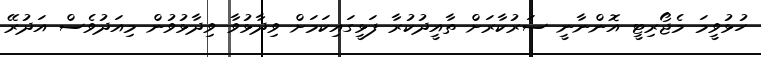
ހުޅުވީމަ މެޖޯރިޓީ އޮންނާނީ ސަރުކާރަށް ތާއީދުކުރާ ފަޅީގައިކަމަށް ވިދާޅުވާ ވިދާޅުވުން މިއަދުވެސް އަދުރޭ